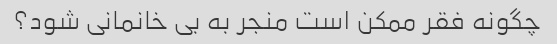
چگونه فقر ممکن است منجر به بی خانمانی شود؟